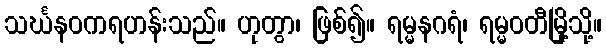
သင်္ဃနဝကရဟန်းသည်။ ဟုတွာ၊ ဖြစ်၍။ ရမ္မနဂရံ၊ ရမ္မဝတီမြို့သို့။